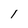
Character: 1